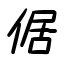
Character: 倨